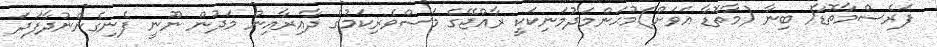
ފަރެސްމާތޮޑާ/ ބިނާ (މާތޮޑާ އަވަށް)މުޙަންމަދުމަނިކަކީ ރާއްޖޭގެ މަސްވެރިކަމުގެ ދާއިރާއިން މަދުން ނޫނީ ފެނިގެންނުދާފަދަ